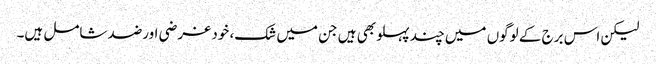
لیکن اس برج کے لوگوں میں چند پہلو بھی ہیں جن میں شک، خود غرضی اورضد شامل ہیں۔